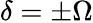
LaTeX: \delta=\pm\Omega